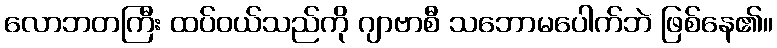
လောဘတကြီး ထပ်ဝယ်သည်ကို ဂျာဗာစီ သဘောမပေါက်ဘဲ ဖြစ်နေ၏။